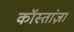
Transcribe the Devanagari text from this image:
कॉस्तांज़ा